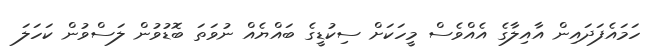
ހަމައެފަދައިން އާއިލާގެ އެއްވެސް މީހަކަށް ސިކުޑީގެ ބައްޔެއް ނުވަތަ ބޮޑުވުން ލަސްވުން ކަހަލަ